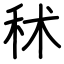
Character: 秫